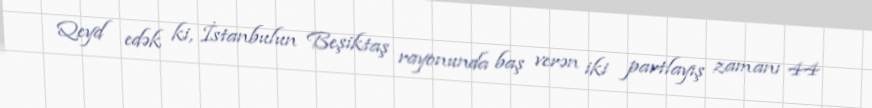
Qeyd edək ki, İstanbulun Beşiktaş rayonunda baş verən iki partlayış zamanı 44